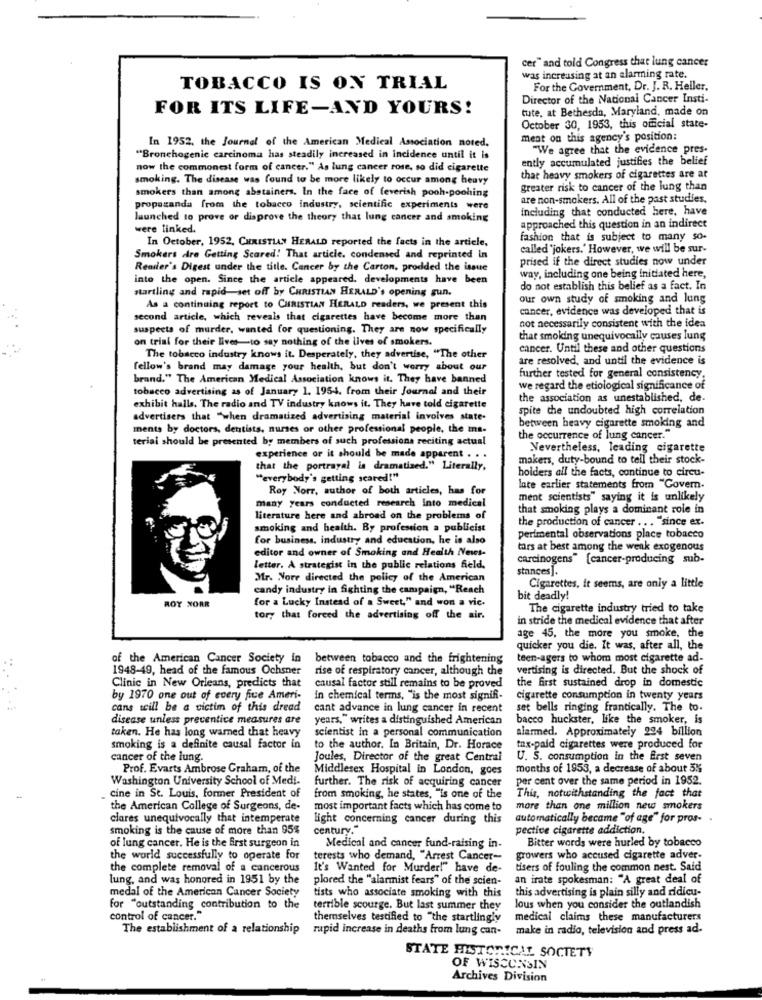
cer" and told Congress that lung cancer
was increasing at an alarming rate.
TOBACCO IS ON TRIAL
For the Government, Dr. J. R. Heller,
Director of the National Cancer Insti-
FOR ITS LIFE-AND YOURS!
tute, at Bethesda, Maryland, made on
October 30, 1953, this official state-
ment on this agency's position:
In 1952. the Journal of the American Medical Association noted.
"We agree that the evidence pres-
"Bronchogenic carcinoma has steadily increased in incidence until it is
ently accumulated justifies the belief
now the commonest form of cancer." As lung cancer rose, so did cigarette
smoking. The disease was found to be more likely to occur among heavy
that heavy smokers of cigarettes are at
smokers than among abstainers. In the face of feverish pooh-poohing
greater risk to cancer of the lung than
are non-smokers. All of the past studies.
propaganda from the tobacco industry, scientific experiments were
including that conducted here, have
launched to prove or disprove the theory that lung cancer and smoking
were linked.
approached this question in an indirect
In October, 1952, CHRISTIAN HERALD reported the facts in the article,
fashion that is subject to many so-
called 'jokers.' However, we will be sur-
Smokers Are Getting Scared! That article. condensed and reprinted in
prised if the direct studies now under
Reader's Digest under the title. Cancer by the Carton, prodded the issue
way, including one being initiated here,
into the open. Since the article appeared. developments have been
startling and rapid-set off by CHRISTIAN HERALD's opening gun.
do not establish this belief as a fact. In
our own study of smoking and lung
As a continuing report to CHRISTIAN HERALD readers, we present this
cancer, evidence was developed that is
second article, which reveals that cigarettes have become more than
suspects of murder, wanted for questioning. They are now specifically
not necessarily consistent with the idea
on trial for their lives-to say nothing of the lives of smokers.
that smoking unequivocally causes lung
cancer. Until these and other questions
The tobacco industry knows it. Desperately, they advertise, "The other
are resolved, and until the evidence is
fellow's brand may damage your health, but don't worry about our
brand." The American Medical Association knows it. They have banned
further tested for general consistency.
tobacco advertising as of January 1. 1954. from their Journal and their
we regard the etiological significance of
the association as unestablished, de-
exhibit halls. The radio and TV industry knows it. They have told cigarette
spite che undoubted high correlation
advertisers that "when dramatized advertising material involves state-
between heavy cigarette smoking and
ments by doctors, dentists, nurses or other professional people, the ms-
teriai should be presented by members of such professions reciting actual
the occurrence of lung cancer."
Nevertheless, leading cigarette
experience or it should be made apparent . . .
makers, duty-bound to tell their stock-
that the portrayal is dramatized." Literally,
holders all the facts, continue to circu-
"everybody's getting scared!"
Roy Norr, author of both articles, has for
late earlier statements from "Covern.
ment scientists" saying it is unlikely
many years conducted research into medical
that smoking plays a dominant role in
literature here and abroad on the problems of
the production of cancer . .. "since ex-
smoking and health. By profesion a publicist
for business, industry and education, he is also
perimental observations place tobacco
editor and owner of Smoking and Health News-
tars at best among the weak exogenous
carcinogens" [cancer-producing sub-
letter. A strategist in the public relations feld.
stances].
Mr. Nore directed the policy of the American
candy industry in fighting the campaign, "Reach
Cigarettes, it seems, are only a little
ROY NORR
for a Lucky Instead of a Sweet," and won a ric.
bit deadly!
The cigarette industry tried to take
tor, that forced the advertising off the air.
in stride the medical evidence that after
age 45, the more you smoke, the
quicker you die. It was, after all, the
of the American Cancer Society in
between tobacco and the frightening
teen-agers to whom most cigarette ad-
1948-49, head of the famous Ochsner
rise of respiratory cancer, although the
vertising is directed. But the shock of
Clinic in New Orleans, predicts that
causal factor still remains to be proved
the first sustained drop in domestic
by 1970 one out of every fiue Ameri-
in chemical terms, "is the most signifi-
cigarette consumption in twenty years
cans will be a victim of this dread
cant advance in lung cancer in recent
set bells ringing frantically. The to.
disease unless preventive measures are
years," writes a distinguished American
bacco huckster, like the smoker, is
taken. He has long warned that heavy
scientist in a personal communication
alarmed. Approximately 224 billion
smoking is a definite causal factor in
to the author. In Britain, Dr. Horace
tnx-paid cigarettes were produced for
cancer of the lung.
Joules, Director of the great Central
U. S. consumption in the Erst seven
Prof. Evarts Ambrose Graham, of the
Middlesex Hospital in London, goes
months of 1953, a decrease of about 5%
Washington University School of Medi-
further. The risk of acquiring cancer
per cent over the same period in 1952.
cine in St. Louis, former President of
from smoking, he states, "is one of the
This, notwithstanding the fact that
the American College of Surgeons, de-
most important facts which has come to
more than one million new smokers
clares unequivocally that intemperate
light concerning cancer during this
automatically became "of age" for pros- .
smoking is the cause of more than 95%
century."
pective cigarette addiction,
Bitter words were hurled by tobacco
of lung cancer. He is the first surgeon in
Medical and cancer fund-raising in-
the world successfully to operate for
terests who demand, "Arrest Cancer-
growers who accused cigarette adver.
the complete removal of a cancerous
It's Wanted for Murder!" have de-
tisers of fouling the common nest. Said
lung, and was honored in 1951 by the
plored the "alarmist fears" of the scien-
an irate spokesman: "A great deal of
medal of the American Cancer Society
this advertising is plain silly and ridicu-
tists who associate smoking with this
for "outstanding contribution to the
terrible scourge. But last summer they
lous when you consider the outlandish
control of cancer."
themselves testified to "the startlingly
medical claims these manufacturers
The establishment of a relationship rupid increase in deaths from lung can-
make in radio, television and press ad-
STATE HISTORICAL SOCIETY
OF WISCONSIN
Archives Division